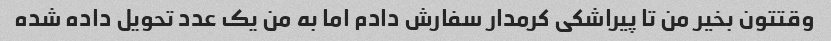
وقتتون بخیر من تا پیراشکی کرمدار سفارش دادم اما به من یک عدد تحویل داده شده